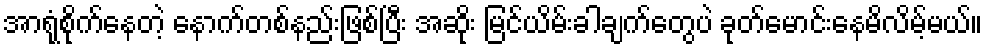
အာရုံစိုက်နေတဲ့ နောက်တစ်နည်းဖြစ်ပြီး အဆိုး မြင်ယိမ်းခါချက်တွေပဲ ခုတ်မောင်းနေမိလိမ့်မယ်။